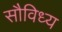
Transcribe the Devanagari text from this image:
सौविध्य